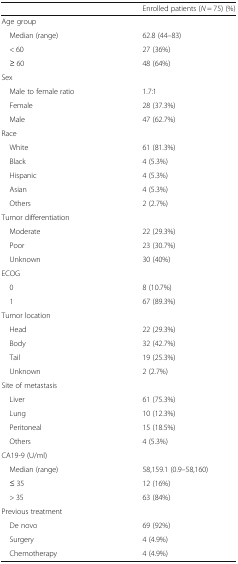
<table><thead><tr><td></td><td><b>Enrolled patients (<i>N</i> = 75) (%)</b></td></tr></thead><tbody><tr><td colspan="2">Age group</td></tr><tr><td> Median (range)</td><td>62.8 (44–83)</td></tr><tr><td> &lt; 60</td><td>27 (36%)</td></tr><tr><td> ≥ 60</td><td>48 (64%)</td></tr><tr><td colspan="2">Sex</td></tr><tr><td> Male to female ratio</td><td>1.7:1</td></tr><tr><td> Female</td><td>28 (37.3%)</td></tr><tr><td> Male</td><td>47 (62.7%)</td></tr><tr><td colspan="2">Race</td></tr><tr><td> White</td><td>61 (81.3%)</td></tr><tr><td> Black</td><td>4 (5.3%)</td></tr><tr><td> Hispanic</td><td>4 (5.3%)</td></tr><tr><td> Asian</td><td>4 (5.3%)</td></tr><tr><td> Others</td><td>2 (2.7%)</td></tr><tr><td colspan="2">Tumor differentiation</td></tr><tr><td> Moderate</td><td>22 (29.3%)</td></tr><tr><td> Poor</td><td>23 (30.7%)</td></tr><tr><td> Unknown</td><td>30 (40%)</td></tr><tr><td colspan="2">ECOG</td></tr><tr><td> 0</td><td>8 (10.7%)</td></tr><tr><td> 1</td><td>67 (89.3%)</td></tr><tr><td colspan="2">Tumor location</td></tr><tr><td> Head</td><td>22 (29.3%)</td></tr><tr><td> Body</td><td>32 (42.7%)</td></tr><tr><td> Tail</td><td>19 (25.3%)</td></tr><tr><td> Unknown</td><td>2 (2.7%)</td></tr><tr><td colspan="2">Site of metastasis</td></tr><tr><td> Liver</td><td>61 (75.3%)</td></tr><tr><td> Lung</td><td>10 (12.3%)</td></tr><tr><td> Peritoneal</td><td>15 (18.5%)</td></tr><tr><td> Others</td><td>4 (5.3%)</td></tr><tr><td colspan="2">CA19-9 (U/ml)</td></tr><tr><td> Median (range)</td><td>58,159.1 (0.9–58,160)</td></tr><tr><td> ≤ 35</td><td>12 (16%)</td></tr><tr><td> &gt; 35</td><td>63 (84%)</td></tr><tr><td colspan="2">Previous treatment</td></tr><tr><td> De novo</td><td>69 (92%)</td></tr><tr><td> Surgery</td><td>4 (4.9%)</td></tr><tr><td> Chemotherapy</td><td>4 (4.9%)</td></tr></tbody></table>